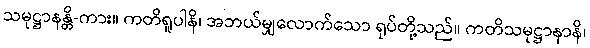
သမုဋ္ဌာနန္တိ-ကား။ ကတိရူပါနိ၊ အဘယ်မျှလောက်သော ရုပ်တို့သည်။ ကတိသမုဋ္ဌာနာနိ၊